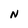
Character: N